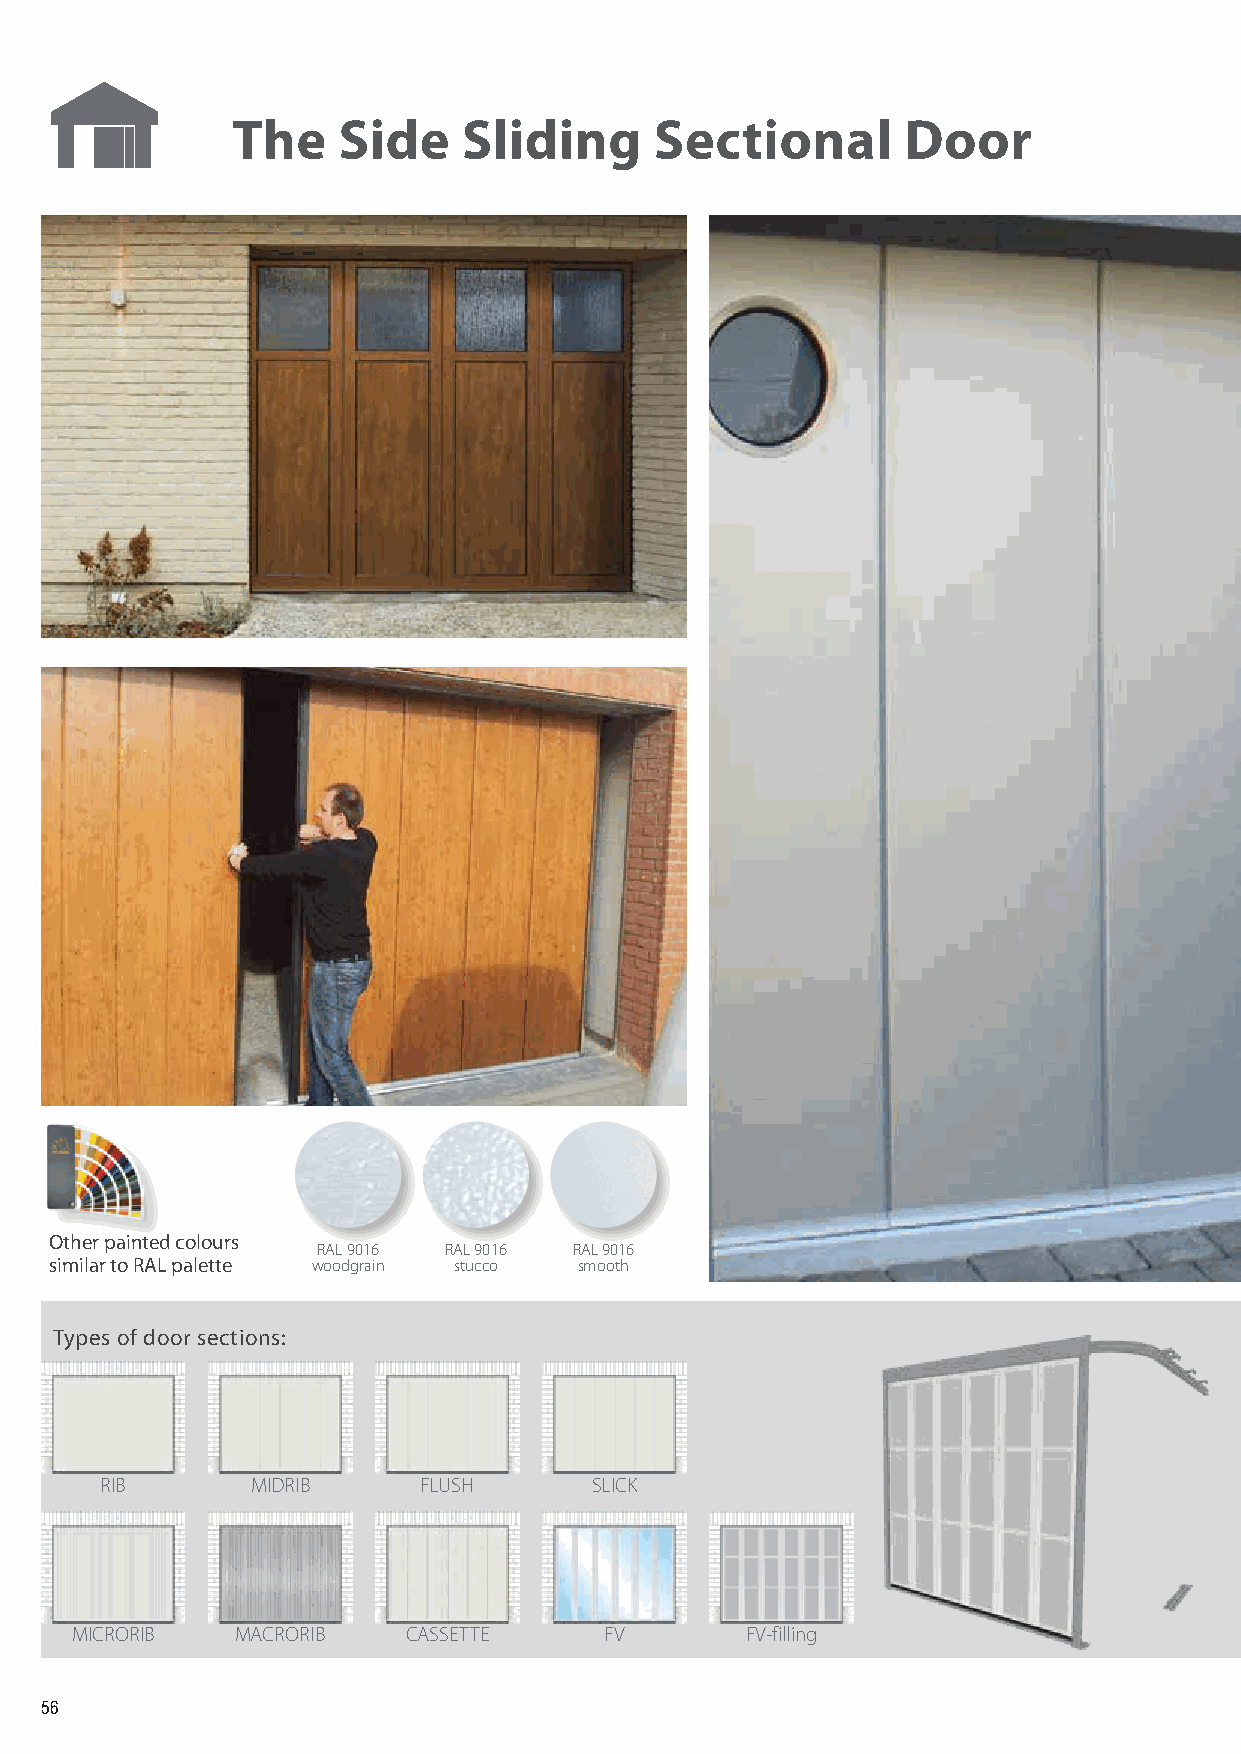
The    Side     Sliding     Sectional        Door
 Other painted colours
 RAL 9016 RAL 9016 RAL 9016
 similar to RAL palette woodgrain stucco smooth
 Types of door sections:
 RIB       MIDRIB     FLUSH      SLICK
 MICRORIB   MACRORIB   CASSETTE     FV       FV-filling
 56